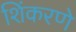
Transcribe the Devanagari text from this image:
शिंकरणे